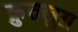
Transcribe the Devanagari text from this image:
क़ुतलुग़